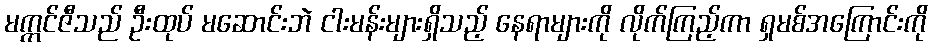
မက္ကင်ဇီသည် ဦးထုပ် မဆောင်းဘဲ ငါးမန်းများရှိသည့် နေရာများကို လိုက်ကြည့်ကာ ရှမစ်အကြောင်းကို